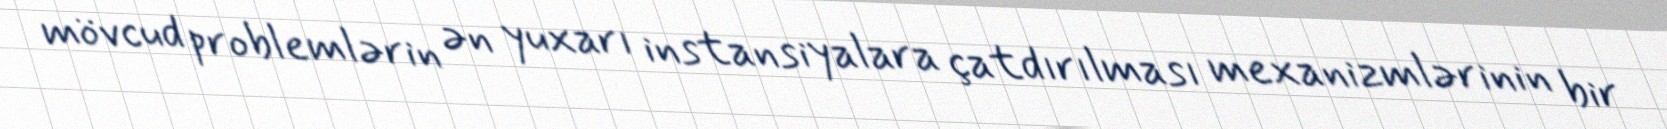
mövcud problemlərin ən yuxarı instansiyalara çatdırılması mexanizmlərinin bir